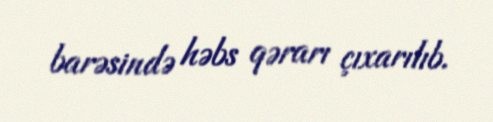
barəsində həbs qərarı çıxarılıb.